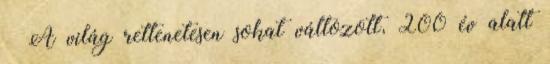
– A világ rettenetesen sokat változott, 200 év alatt